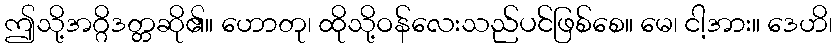
ဤသို့အဂ္ဂိဒတ္တဆို၏။ ဟောတု၊ ထိုသို့ဝန်လေးသည်ပင်ဖြစ်စေ။ မေ၊ ငါ့အား။ ဒေဟိ၊